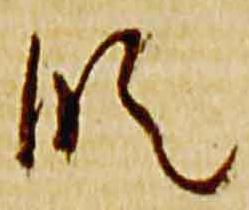
段